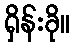
ရှိန်းခို။